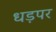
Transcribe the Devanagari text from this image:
धड़पर